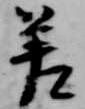
差